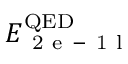
E _ { \mathrm { ~ 2 ~ e ~ - ~ 1 ~ l ~ } } ^ { \mathrm { Q E D } }